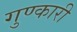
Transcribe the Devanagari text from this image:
गुण्कारी